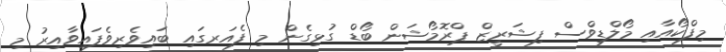
މިފްކޯއާއި މޯލްޑިވްސް ފިޝަރީޒް ޕްރޮމޯޝަން ބޯޑް ގުޅިގެން މި ފެއަރގައި ބައިވެރިވެފައިވާއިރު މި